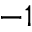
^ { - 1 }